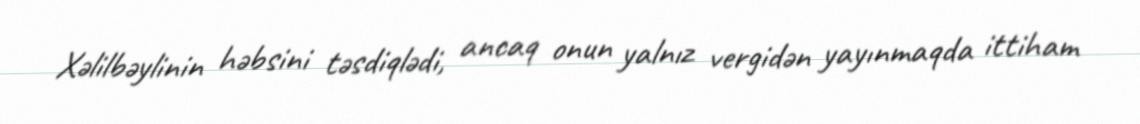
Xəlilbəylinin həbsini təsdiqlədi, ancaq onun yalnız vergidən yayınmaqda ittiham